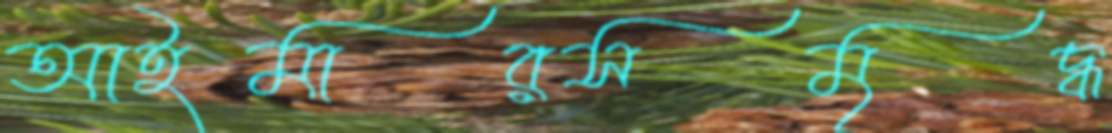
আইমারসমৃদ্ধ